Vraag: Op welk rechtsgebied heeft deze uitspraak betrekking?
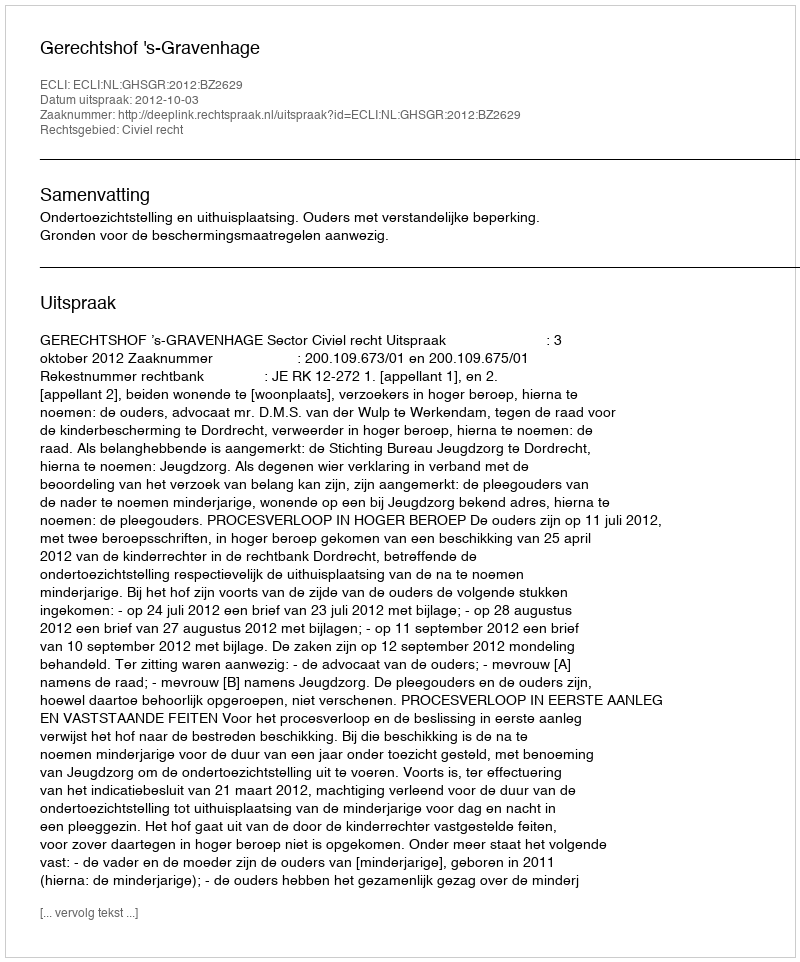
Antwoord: Civiel recht